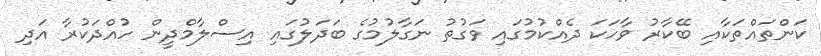
ކަންތައްތަކާއި ބޭކާރު ވާހަކަ ދެއްކުމުގައި ވަގުތު ނަގާލުމުގެ ބަދަލުގައި އިސްލާމްދީން ހުއްދަކުރާ އަދި